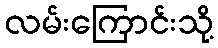
လမ်းကြောင်းသို့